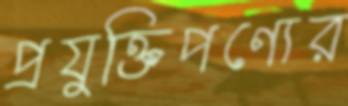
প্রযুক্তিপণ্যের